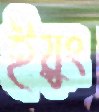
ইয়ুং